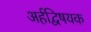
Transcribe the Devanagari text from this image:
अर्हद्विषयक